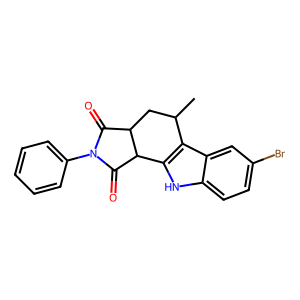
SMILES: CC1CC2C(=O)N(c3ccccc3)C(=O)C2c2[nH]c3ccc(Br)cc3c21
Inhibits HIV replication: No